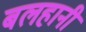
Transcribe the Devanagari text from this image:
बलहानी